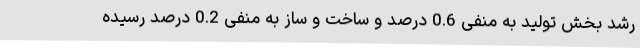
رشد بخش تولید به منفی 0.6 درصد و ساخت و ساز به منفی 0.2 درصد رسیده